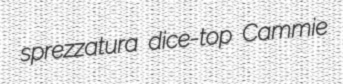
sprezzatura dice-top Cammie